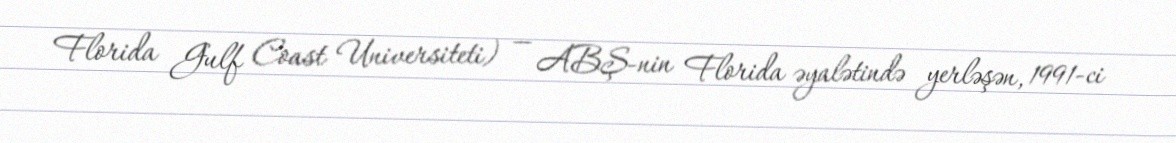
Florida Gulf Coast Universiteti) — ABŞ-nin Florida əyalətində yerləşən, 1991-ci